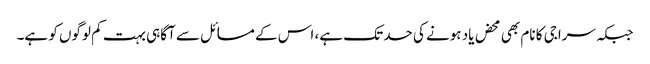
جبکہ سراجی کا نام بھی محض یاد ہونے کی حد تک ہے، اس کے مسائل سے آگاہی بہت کم لوگوں کو ہے۔